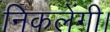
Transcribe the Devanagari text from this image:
निकलेंगी।